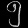
Digit: ၅